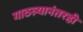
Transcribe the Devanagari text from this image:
गाठल्यानंतरही